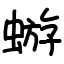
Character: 蝣